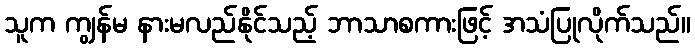
သူက ကျွန်မ နားမလည်နိုင်သည့် ဘာသာစကားဖြင့် အသံပြုလိုက်သည်။